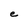
Character: e